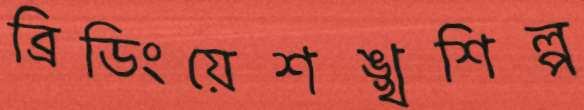
ব্রিডিংয়েশঙ্খশিল্প